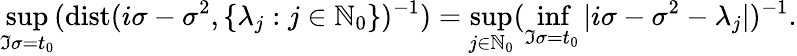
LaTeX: \operatorname*{sup}_{\Im{\sigma}=t_{0}}(\mathrm{dist}(i\sigma-\sigma^{2},\lbrace\lambda_{j}:j\in\mathbb{N}_{0}\rbrace)^{-1})=\operatorname*{sup}_{j\in\mathbb{N}_{0}}(\operatorname*{inf}_{\Im{\sigma}=t_{0}}|i\sigma-\sigma^{2}-\lambda_{j}|)^{-1}.